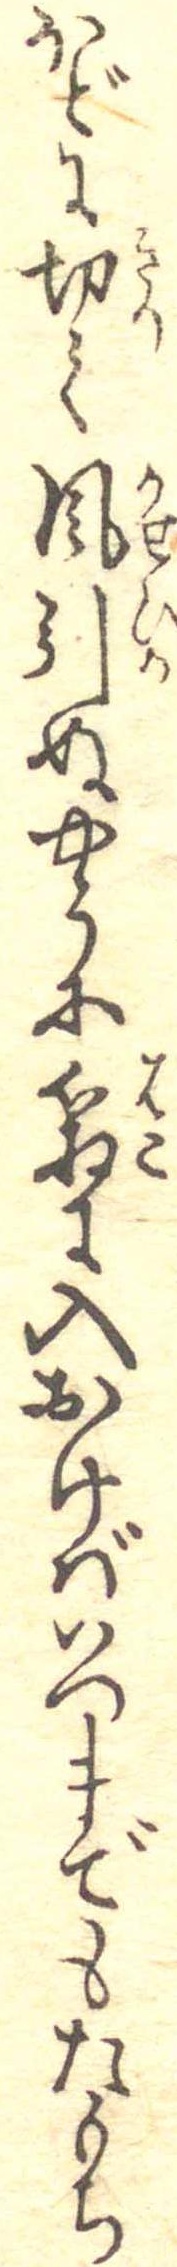
ほどに切て風引ぬやうに箱に入おけばいつまでもたもち